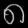
Digit: ၈